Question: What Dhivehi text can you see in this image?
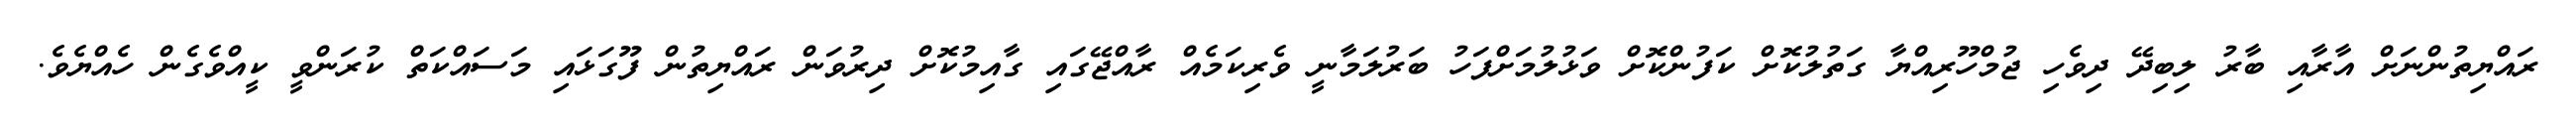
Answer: ރައްޔިތުންނަށް އާރާއި ބާރު ލިބިދޭ ދިވެހި ޖުމްހޫރިއްޔާ ގަތުލުކޮށް ކަފުންކޮށް ވަޅުލުމަށްފަހު ބަރުލަމާނީ ވެރިކަމެއް ރާއްޖޭގައި ގާއިމުކޮށް ދިރުވަން ރައްޔިތުން ފޫގަޅައި މަސައްކަތް ކުރަންވީ ކީއްވެގެން ހެއްޔެވެ.